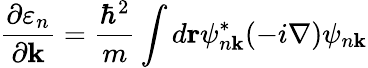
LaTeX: {\frac{\partial\varepsilon_{n}}{\partial\mathbf{k}}}={\frac{\hbar^{2}}{m}}\int d\mathbf{r}\psi_{n\mathbf{k}}^{*}(-i\nabla)\psi_{n\mathbf{k}}